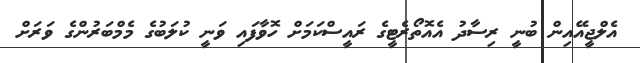
އެލްޖީއޭއިން ބުނީ ރިސާދު އެއޮތޯރެޓީގެ ރައީސްކަމަށް ހޮވާފައި ވަނީ ކުލަބުގެ މެމްބަރުންގެ ވަރަށް